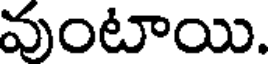
వుంటాయి.